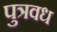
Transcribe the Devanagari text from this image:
पुत्रवध